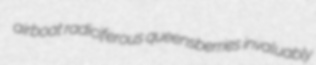
airboat radiciferous queensberries invaluably